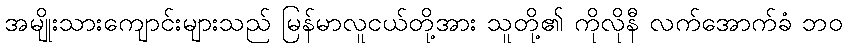
အမျိုးသားကျောင်းများသည် မြန်မာလူငယ်တို့အား သူတို့၏ ကိုလိုနီ လက်အောက်ခံ ဘဝ